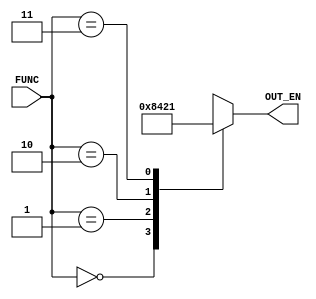
module Decoder (
    input wire [1:0] FUNC,
    output reg [3:0] OUT_EN
);

always @(*) begin
    case (FUNC) 
    2'b00 : OUT_EN=4'b1000;
    2'b01 : OUT_EN=4'b0100;
    2'b10 : OUT_EN=4'b0010;
    2'b11 : OUT_EN=4'b0001;
endcase

end



endmodule